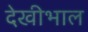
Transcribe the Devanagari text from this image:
देखीभाल